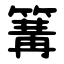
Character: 篝